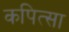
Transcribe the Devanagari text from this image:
कपित्सा